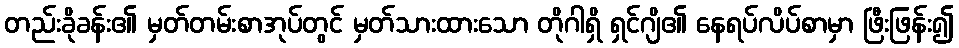
တည်းခိုခန်း၏ မှတ်တမ်းစာအုပ်တွင် မှတ်သားထားသော တိုဂါရှိ ရှင်ဂျိ၏ နေရပ်လိပ်စာမှာ ဖြီးဖြန်း၍